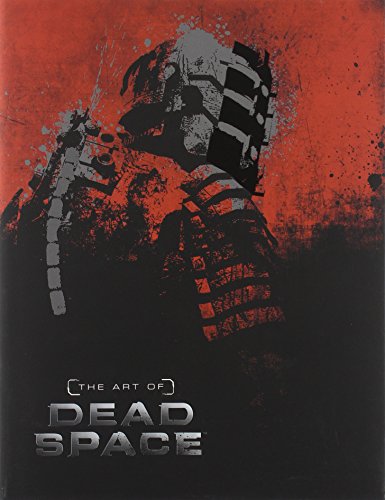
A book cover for The Art of Dead Space; Martin Robinson; Arts & Photography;